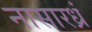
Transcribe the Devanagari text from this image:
नासारध्रं